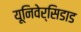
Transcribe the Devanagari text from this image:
यूनिवेर्सिडाड